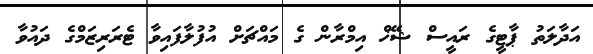
އަދާލަތު ޕާޓީގެ ރައީސް ޝޭޚް އިމްރާން ގެ މައްޗަށް އުފުލާފައިވާ ޓެރަރިޒަމްގެ ދައުވާ